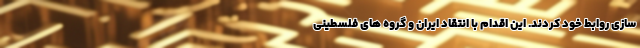
سازی روابط خود کردند. این اقدام با انتقاد ایران و گروه های فلسطینی